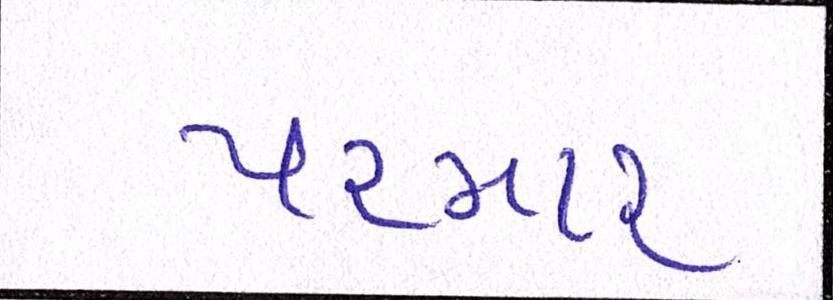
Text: પરમાર